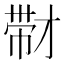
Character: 𰏚